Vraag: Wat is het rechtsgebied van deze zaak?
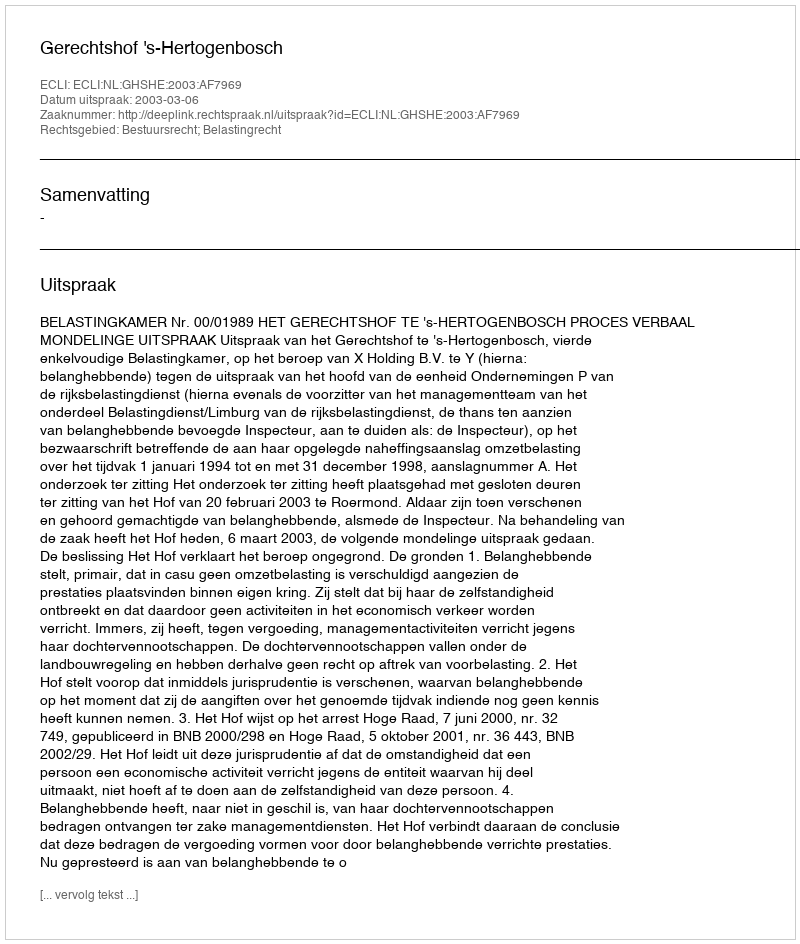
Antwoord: Bestuursrecht; Belastingrecht